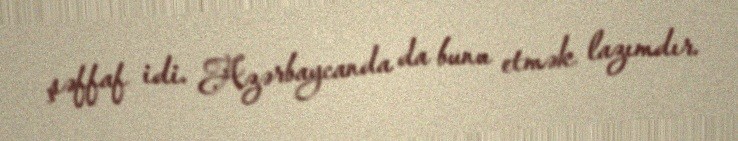
şəffaf idi. Azərbaycanda da bunu etmək lazımdır.